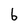
Character: 6